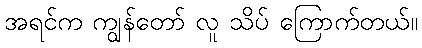
အရင်က ကျွန်တော် လူ သိပ် ကြောက်တယ်။